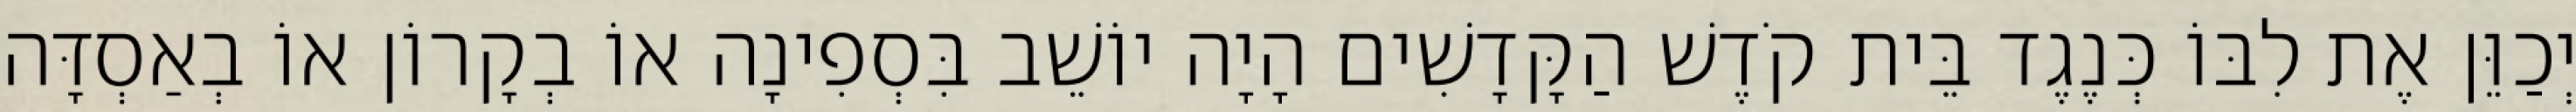
יְכַוֵּן אֶת לִבּוֹ כְּנֶגֶד בֵּית קֹדֶשׁ הַקָּדָשִׁים הָיָה יוֹשֵׁב בִּסְפִינָה אוֹ בְקָרוֹן אוֹ בְאַסְדָּה